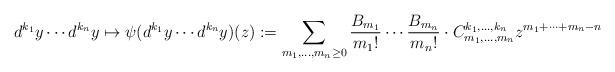
LaTeX: \begin{align*} d^{k_1}y\cdots d^{k_n}y \mapsto \psi(d^{k_1}y\cdots d^{k_n}y)(z):=\sum_{m_1,\ldots,m_n\geq 0}\frac{B_{m_1}}{m_1!}\cdots \frac{B_{m_n}}{m_n!} \cdot C^{k_1,\ldots,k_n}_{m_1,\ldots,m_n} z^{m_1+\cdots+m_n-n}\end{align*}